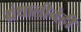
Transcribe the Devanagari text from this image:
ग्रंथालीनेही